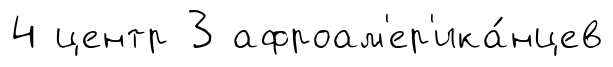
4 центр 3 афроам'ер'ика́нцев